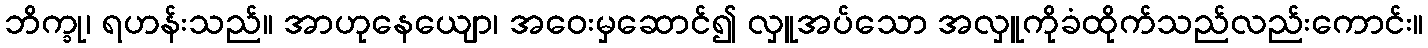
ဘိက္ခု၊ ရဟန်းသည်။ အာဟုနေယျော၊ အဝေးမှဆောင်၍ လှူအပ်သော အလှူကိုခံထိုက်သည်လည်းကောင်း။